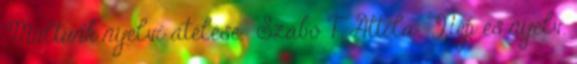
Múltunk nyelvi átélése. Szabó T. Attila: Nép és nyelv.